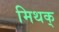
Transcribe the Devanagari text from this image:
मिथक्